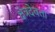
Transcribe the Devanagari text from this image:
क्षेत्रदेवता